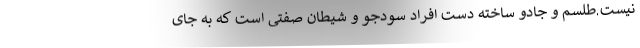
نیست.طلسم و جادو ساخته دست افراد سودجو و شیطان صفتی است که به جای